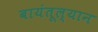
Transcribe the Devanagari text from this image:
बायंतूल्यान